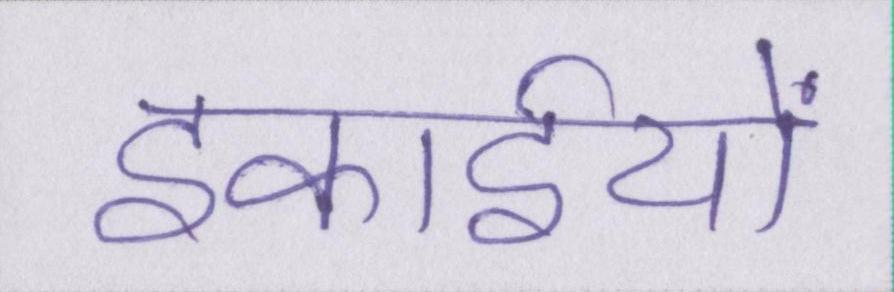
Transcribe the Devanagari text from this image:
इकाईयों